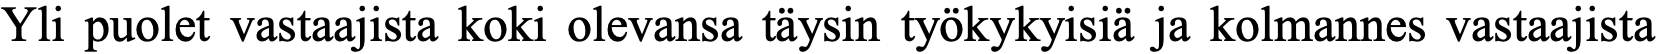
Yli puolet vastaajista koki olevansa täysin työkykyisiä ja kolmannes vastaajista